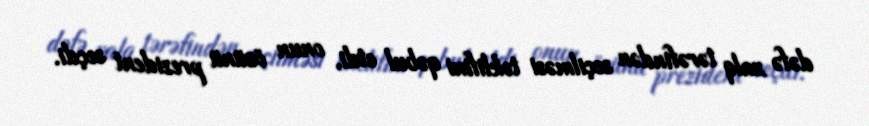
dəfə xalq tərəfindən seçilməsi təklifini qəbul etdi, onun özünü prezident seçdi.